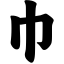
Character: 巾